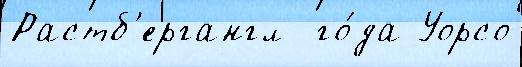
Растб'ергангл  го́да Уорсо